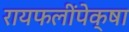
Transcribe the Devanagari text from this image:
रायफलींपेक्षा